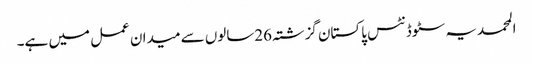
المحمدیہ سٹوڈنٹس پاکستان گزشتہ 26سالوں سے میدان عمل میں ہے۔